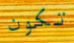
تكون